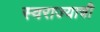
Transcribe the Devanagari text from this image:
स्‍वराज्याची